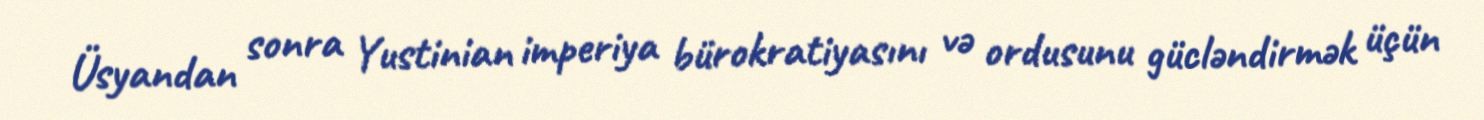
Üsyandan sonra Yustinian imperiya bürokratiyasını və ordusunu gücləndirmək üçün